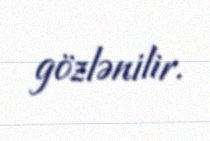
gözlənilir.